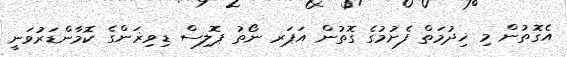
އެގޮތުން މި ޚިދުމަތް ފެށުމުގެ ގޮތުން އަޕަރ ނޯތު ޕޮލިސް ޑިވިޜަންގެ ކޮމާންޑަރުވަނީ